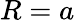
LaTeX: R=a